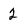
Character: 2